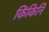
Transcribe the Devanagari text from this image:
किंकिनि